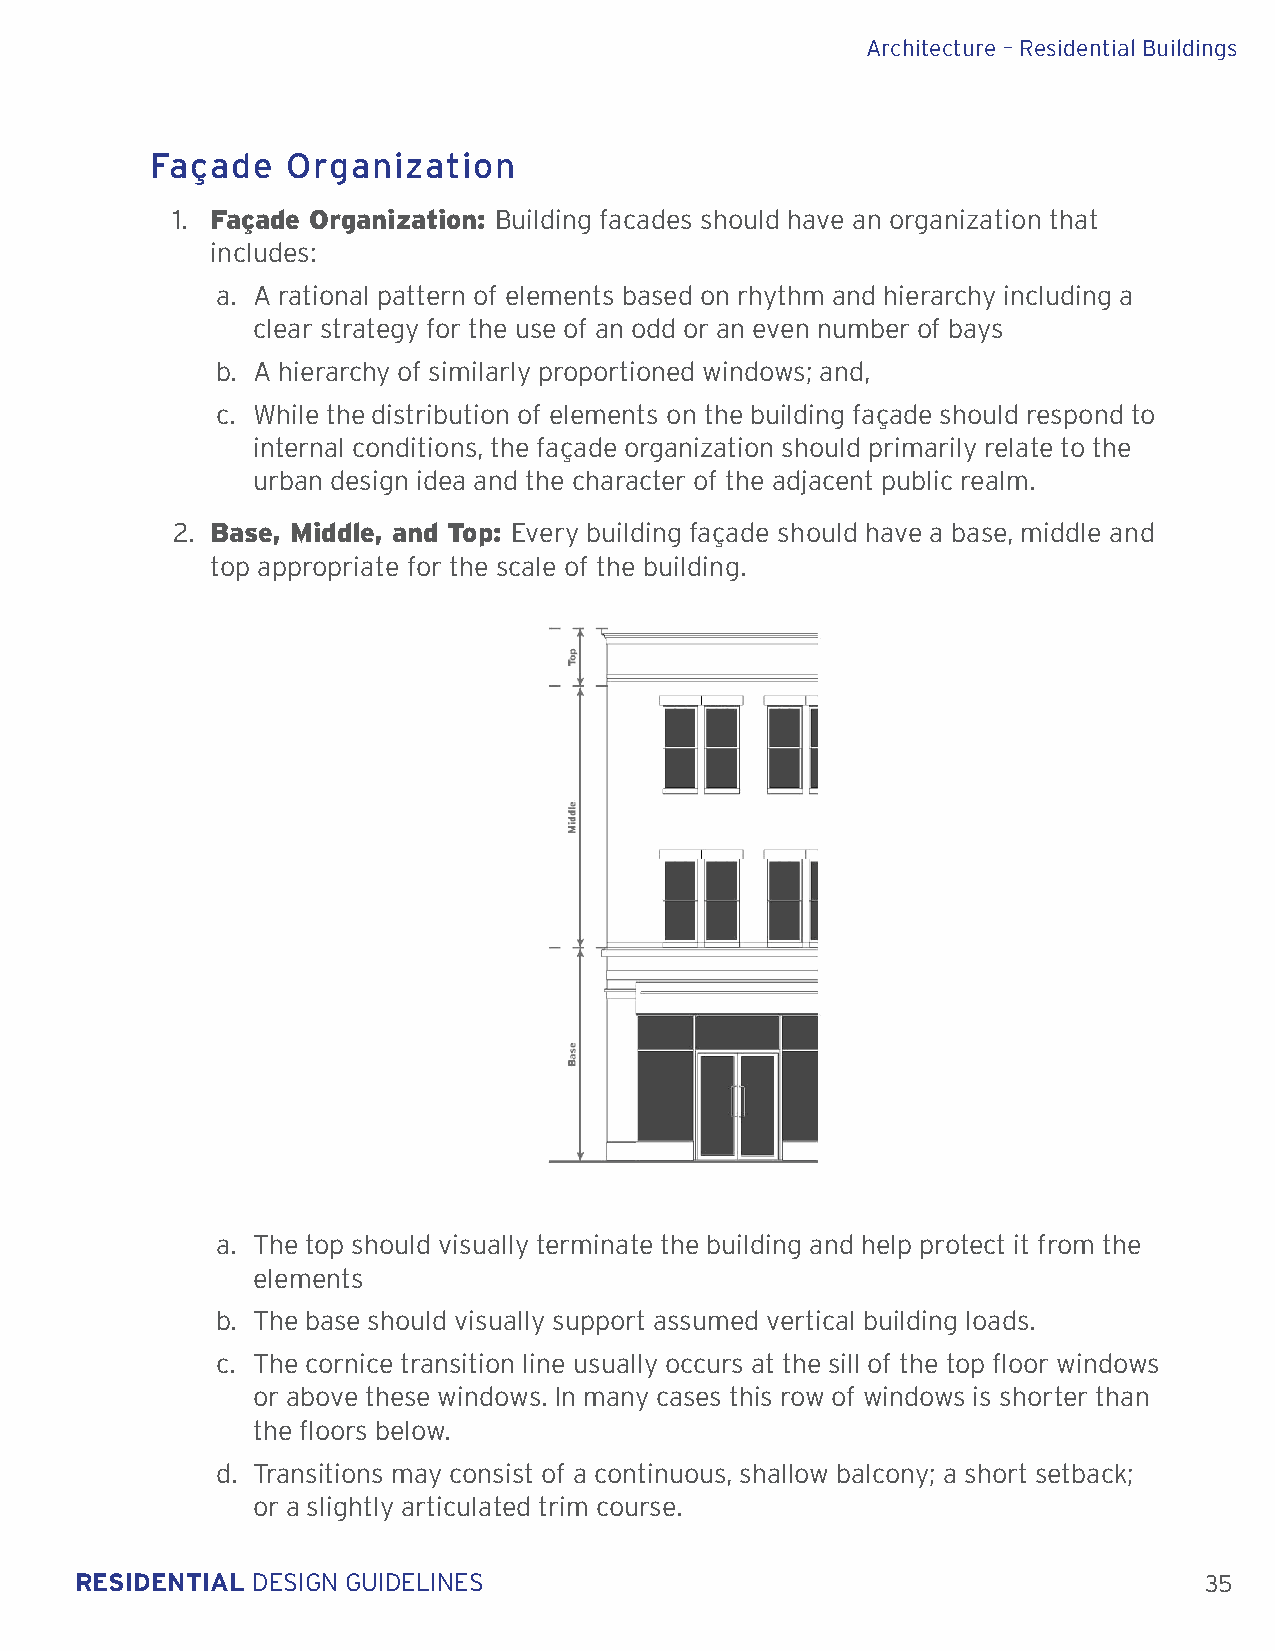
Architecture – Residential Buildings
 Façade   Organization
 1. Façade Organization: Building facades should have an organization that
 includes:
 a. A rational pattern of elements based on rhythm and hierarchy including a
 clear strategy for the use of an odd or an even number of bays
 b. A hierarchy of similarly proportioned windows; and,
 c. While the distribution of elements on the building façade should respond to
 internal conditions, the façade organization should primarily relate to the
 urban design idea and the character of the adjacent public realm.
 2. Base, Middle, and Top: Every building façade should have a base, middle and
 top appropriate for the scale of the building.
 a. The top should visually terminate the building and help protect it from the
 elements
 b. The base should visually support assumed vertical building loads.
 c. The cornice transition line usually occurs at the sill of the top floor windows
 or above these windows. In many cases this row of windows is shorter than
 the floors below.
 d. Transitions may consist of a continuous, shallow balcony; a short setback;
 or a slightly articulated trim course.
 RESIDENTIAL DESIGN GUIDELINES                                              35